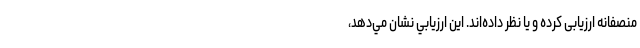
منصفانه ارزیابی کرده و یا نظر داده‌اند. اين ارزيابي نشان مي‌دهد،